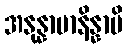
အနုန္နာမာနိန္နာမိ